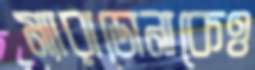
ম্যারাডোনাকেও